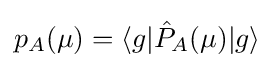
{\textstyle p_{A}(\mu )=\langle g|{\hat {P}}_{A}(\mu )|g\rangle }